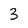
Character: 3